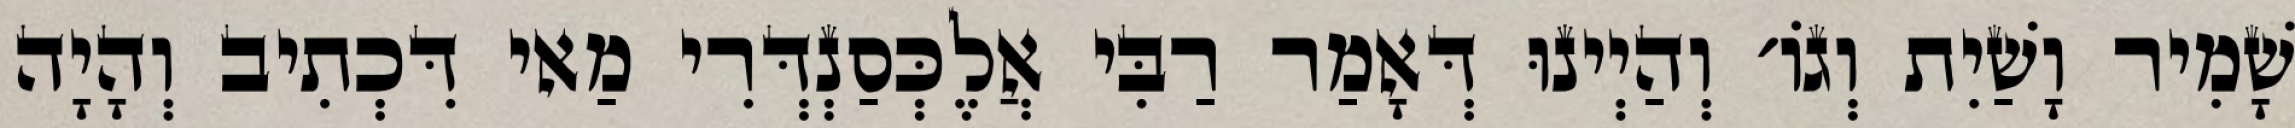
שָׁמִיר וָשַׁיִת וְגוֹ׳ וְהַיְינוּ דְּאָמַר רַבִּי אֲלֶכְּסַנְדְּרִי מַאי דִּכְתִיב וְהָיָה